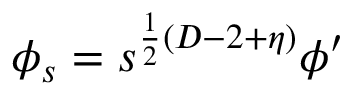
\phi _ { s } = s ^ { \frac { 1 } { 2 } ( D - 2 + \eta ) } \phi ^ { \prime }